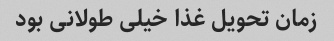
زمان تحویل غذا خیلی طولانی بود